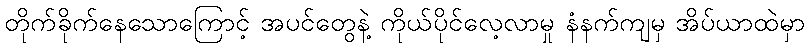
တိုက်ခိုက်နေသောကြောင့် အပင်တွေနဲ့ ကိုယ်ပိုင်လေ့လာမှု နံနက်ကျမှ အိပ်ယာထဲမှာ